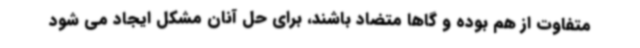
متفاوت از هم بوده و گاها متضاد باشند، برای حل آنان مشکل ایجاد می شود